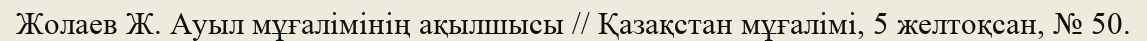
Жолаев Ж. Ауыл мұғалімінің ақылшысы // Қазақстан мұғалімі, 5 желтоқсан, № 50.